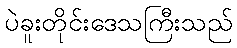
ပဲခူးတိုင်းဒေသကြီးသည်